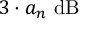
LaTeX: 3 \cdot a _ { n } \ \mathrm { d B }